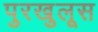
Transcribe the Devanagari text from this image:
पुरखुलूस